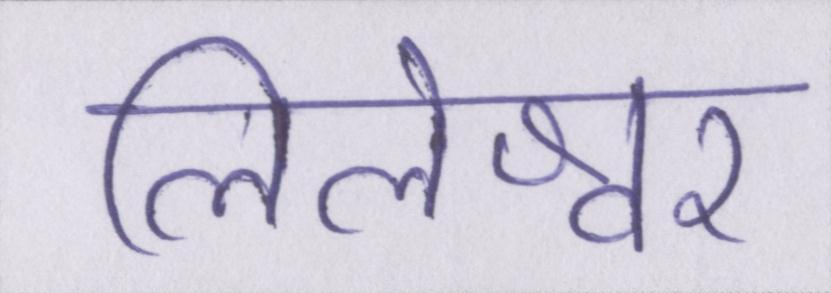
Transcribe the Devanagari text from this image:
लिलेश्वर